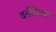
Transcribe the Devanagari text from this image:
वर्तवितात